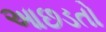
આછડતો